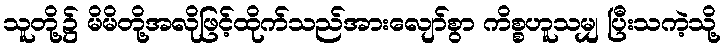
သူတို့၌ မိမိတို့အလိုဖြင့်ထိုက်သည်အားလျော်စွာ ကိစ္စဟူသမျှ ပြီးသကဲ့သို့